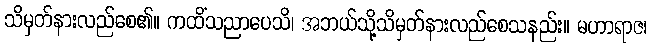
သိမှတ်နားလည်စေ၏။ ကထိံသညာပေသိ၊ အဘယ်သို့သိမှတ်နားလည်စေသနည်း။ မဟာရာဇ၊